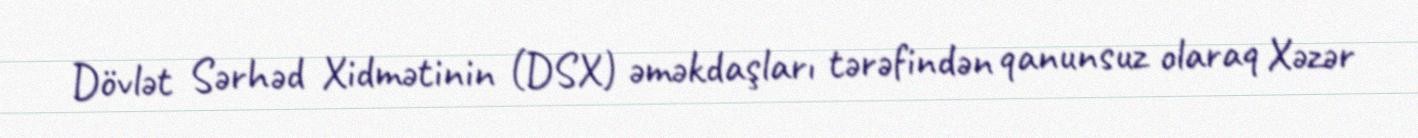
Dövlət Sərhəd Xidmətinin (DSX) əməkdaşları tərəfindən qanunsuz olaraq Xəzər